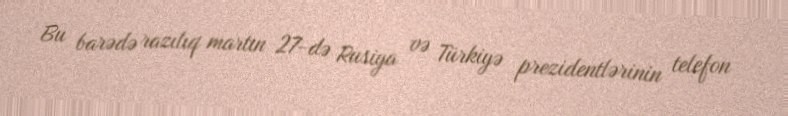
Bu barədə razılıq martın 27-də Rusiya və Türkiyə prezidentlərinin telefon